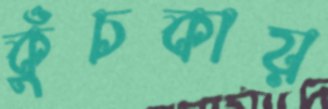
কুঁচকায়